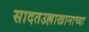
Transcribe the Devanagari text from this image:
सादतउल्लाखानाच्या